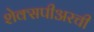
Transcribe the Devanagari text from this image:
शेक्सपीअरची